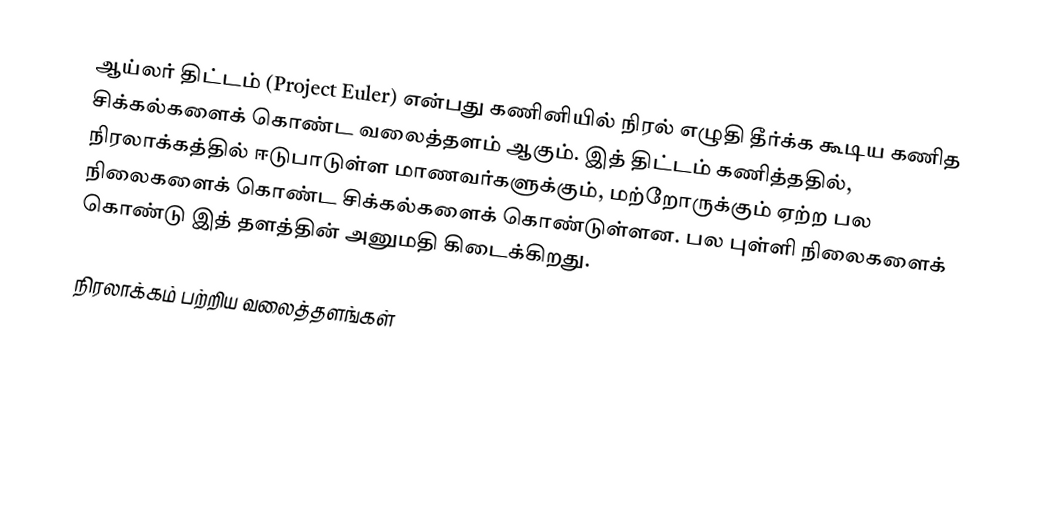
ஆய்லர் திட்டம் (Project Euler) என்பது கணினியில் நிரல் எழுதி தீர்க்க கூடிய கணித சிக்கல்களைக் கொண்ட வலைத்தளம் ஆகும். இத் திட்டம் கணித்ததில், நிரலாக்கத்தில் ஈடுபாடுள்ள மாணவர்களுக்கும், மற்றோருக்கும் ஏற்ற பல நிலைகளைக் கொண்ட சிக்கல்களைக் கொண்டுள்ளன. பல புள்ளி நிலைகளைக் கொண்டு இத் தளத்தின் அனுமதி கிடைக்கிறது.

நிரலாக்கம் பற்றிய வலைத்தளங்கள்